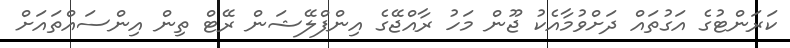
ކަރަންޓުގެ އަގުތައް ދަށްވުމާއެކު ޖޫން މަހު ރާއްޖޭގެ އިންފްލޭޝަން ރޭޓް ތިން އިންސައްތައަށް